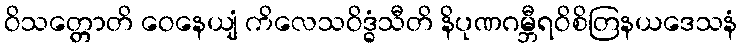
ဝိသတ္တောတိ ဝေနေယျံ ကိလေသဝိဒ္ဓံသီတိ နိပုဏဂမ္ဘီရဝိစိတြနယဒေသနံ